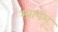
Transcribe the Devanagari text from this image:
स्वायंभू